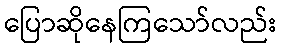
ပြောဆိုနေကြသော်လည်း